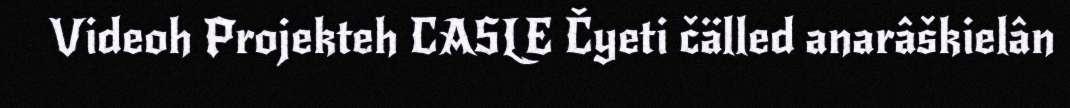
Videoh Projekteh CASLE Čyeti čälled anarâškielân